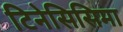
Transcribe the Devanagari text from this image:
टिनेसिसिमा